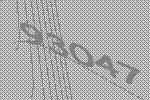
93047